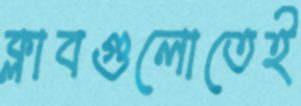
ক্লাবগুলোতেই